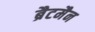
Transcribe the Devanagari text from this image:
ब्रैटमैन